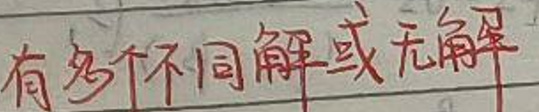
有多少个不同解或无解